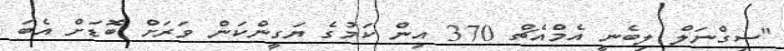
"ސިގްނަލް ލިބެނީ އެމްއެޗް 370 އިން ކަމުގެ ޔަގީންކަން ވަރަށް ބޮޑަށް އެބަ